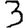
Digit: 3